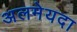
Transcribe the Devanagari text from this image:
अलमेयदा